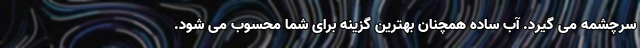
سرچشمه می گیرد. آب ساده همچنان بهترین گزینه برای شما محسوب می شود.